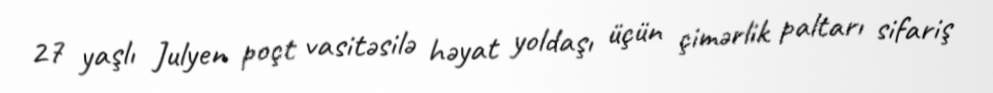
27 yaşlı Julyen poçt vasitəsilə həyat yoldaşı üçün çimərlik paltarı sifariş